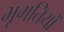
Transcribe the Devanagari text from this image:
भूगतियों